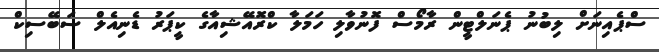
ސްޕެއިނަށް ލިބުނު ޕެނަލްޓީން ރާމޯސް ފޮނުވާލި ހަމަލާ ކްރޮއޭޝިއާގެ ކީޕަރު ޑެނިއެލް ސަބޭސިކް